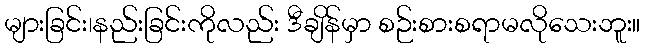
များခြင်း၊နည်းခြင်းကိုလည်း ဒီချိန်မှာ စဉ်းစားစရာမလိုသေးဘူး။